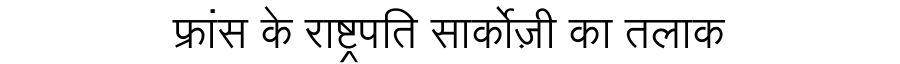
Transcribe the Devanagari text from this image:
फ्रांस के राष्ट्रपति सार्कोज़ी का तलाक